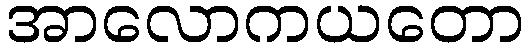
အာလောကယတော